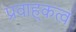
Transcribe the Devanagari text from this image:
प्रवाह्कत्व